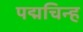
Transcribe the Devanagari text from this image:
पद्मचिन्ह